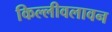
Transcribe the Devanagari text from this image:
किल्लीवलावन